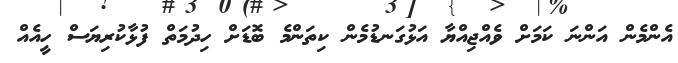
އެންމެން އަންނަ ކަމަށް ވެއްޖިއްޔާ އަޅުގަނޑުމެން ކިތަންމެ ބޮޑަށް ހިދުމަތް ފުޅާކުރިޔަސް ހީއެއް